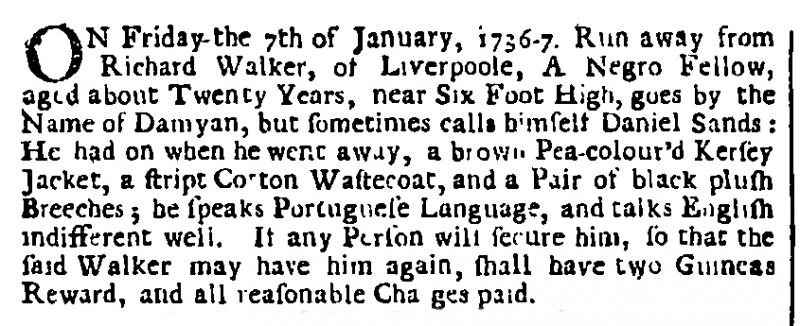
London Gazette, 15 January 1736 (England)
ON Friday the 7th of January 1736-7. Run away from Richard Walker, of Liverpoole, A Negro Fellow, aged about Twenty Years, near Six Foot High, goes by the Name of Damyan, but sometimes calls himself Daniel Sands: He had on when he went away, a brown Pea-colour’d Kersey Jacket, a stript Cotton Wastecoat, and a Pair of black plush Breeches; he speaks Portuguese Language, and talks English indifferent well. If any Person will secure him, so that the said Walker may have him again, shall have two Guineas Reward, and all reasonable Cha[r]ges paid.